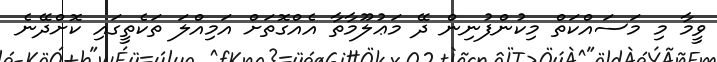
ވީމާ މި މަސައްކަތް މިކުންފުނިން ދޭ މަޢުލޫމާތާ އެއްގޮތަށް އަމިއްލަ ތަކެތީގައި ކޮށްދޭނެ